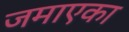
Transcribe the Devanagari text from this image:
जमाएका